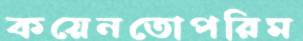
কয়েনতোপরিম